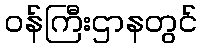
ဝန်ကြီးဌာနတွင်